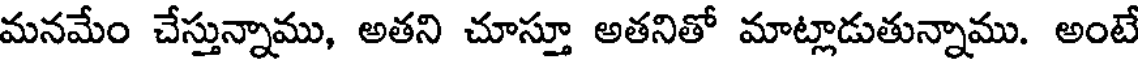
మనమేం చేస్తున్నాము, అతని చూస్తూ అతనితో మాట్లాడుతున్నాము. అంటే